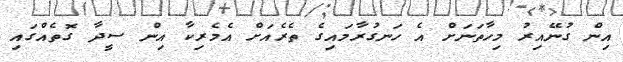
އިން ގުނޭއިރު މިހާތަނަށް އެ ހަނގުރާމައިގެ ތެރެއަށް އެމެރިކާ އިން ސީދާ ގޮތެއްގައި